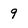
Character: 9